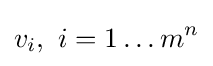
v_{i},\ i=1\ldots m^{n}